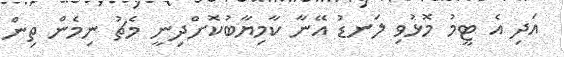
އަދި އެ ޓީމު މޮޅުވި ލަނޑު އޭނާ ކާމިޔާބުކޮށްދިނީ މެޗު ނިމެން ތިން